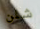
شلن